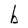
Character: b